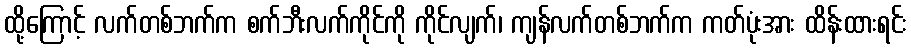
ထို့ကြောင့် လက်တစ်ဘက်က စက်ဘီးလက်ကိုင်ကို ကိုင်လျက်၊ ကျန်လက်တစ်ဘက်က ကတ်ပုံးအား ထိန်းထားရင်း